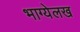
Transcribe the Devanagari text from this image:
भाग्येलख